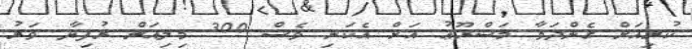
ކުރިއަށް ގެންދަވާ މަޝްރޫޢު އަށް އެކަނި ވެސް 300 މިލިއަން ރުފިޔާ ވަރު